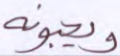
ويحبونه